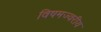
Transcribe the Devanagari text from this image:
विषमज्वरीय